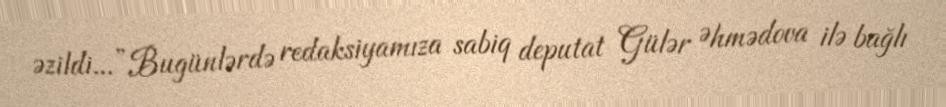
əzildi...”Bugünlərdə redaksiyamıza sabiq deputat Gülər Əhmədova ilə bağlı